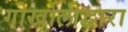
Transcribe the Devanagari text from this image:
गोर्खालीद्वारा